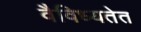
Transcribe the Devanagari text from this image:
वैविध्यतेत